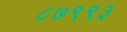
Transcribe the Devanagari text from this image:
८७९९३